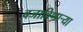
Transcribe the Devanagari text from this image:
बजाविणार्‍या